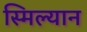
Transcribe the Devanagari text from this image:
स्मिल्यान